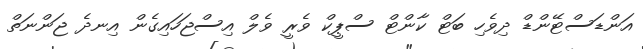
އަންޑަސްޓޭންޑް ދިވެހި ބަޓް ކާންޓް ސްޕީކް ވެރީ ވެލް އިސްޖަހައިގެން އިނދެ ޖަންނަތް